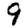
Digit: 9